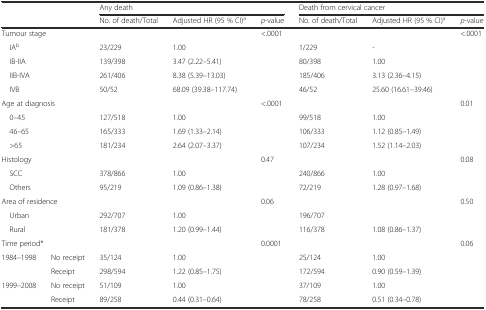
<table><thead><tr><td rowspan="2" colspan="2"></td><td colspan="3"><b>Any death</b></td><td colspan="3"><b>Death from cervical cancer</b></td></tr><tr><td><b>No. of death/Total</b></td><td><b>Adjusted HR (95 % CI)<sup>a</sup></b></td><td><b><i>p</i>-value</b></td><td><b>No. of death/Total</b></td><td><b>Adjusted HR (95 % CI)<sup>a</sup></b></td><td><b><i>p</i>-value</b></td></tr></thead><tbody><tr><td colspan="2">Tumour stage</td><td></td><td></td><td>&lt;.0001</td><td></td><td></td><td>&lt;.0001</td></tr><tr><td colspan="2"> IA<sup>b</sup></td><td>23/229</td><td>1.00</td><td></td><td>1/229</td><td>-</td><td></td></tr><tr><td colspan="2"> IB-IIA</td><td>139/398</td><td>3.47 (2.22–5.41)</td><td></td><td>80/398</td><td>1.00</td><td></td></tr><tr><td colspan="2"> IIB-IVA</td><td>261/406</td><td>8.38 (5.39–13.03)</td><td></td><td>185/406</td><td>3.13 (2.36–4.15)</td><td></td></tr><tr><td colspan="2"> IVB</td><td>50/52</td><td>68.09 (39.38–117.74)</td><td></td><td>46/52</td><td>25.60 (16.61–39.46)</td><td></td></tr><tr><td colspan="2">Age at diagnosis</td><td></td><td></td><td>&lt;.0001</td><td></td><td></td><td>0.01</td></tr><tr><td colspan="2"> 0–45</td><td>127/518</td><td>1.00</td><td></td><td>99/518</td><td>1.00</td><td></td></tr><tr><td colspan="2"> 46–65</td><td>165/333</td><td>1.69 (1.33–2.14)</td><td></td><td>106/333</td><td>1.12 (0.85–1.49)</td><td></td></tr><tr><td colspan="2"> &gt;65</td><td>181/234</td><td>2.64 (2.07–3.37)</td><td></td><td>107/234</td><td>1.52 (1.14–2.03)</td><td></td></tr><tr><td colspan="2">Histology</td><td></td><td></td><td>0.47</td><td></td><td></td><td>0.08</td></tr><tr><td colspan="2"> SCC</td><td>378/866</td><td>1.00</td><td></td><td>240/866</td><td>1.00</td><td></td></tr><tr><td colspan="2"> Others</td><td>95/219</td><td>1.09 (0.86–1.38)</td><td></td><td>72/219</td><td>1.28 (0.97–1.68)</td><td></td></tr><tr><td colspan="2">Area of residence</td><td></td><td></td><td>0.06</td><td></td><td></td><td>0.50</td></tr><tr><td colspan="2"> Urban</td><td>292/707</td><td>1.00</td><td></td><td>196/707</td><td></td><td></td></tr><tr><td colspan="2"> Rural</td><td>181/378</td><td>1.20 (0.99–1.44)</td><td></td><td>116/378</td><td>1.08 (0.86–1.37)</td><td></td></tr><tr><td colspan="2">Time period*</td><td></td><td></td><td>0.0001</td><td></td><td></td><td>0.06</td></tr><tr><td>1984–1998</td><td>No receipt</td><td>35/124</td><td>1.00</td><td></td><td>25/124</td><td>1.00</td><td></td></tr><tr><td></td><td>Receipt</td><td>298/594</td><td>1.22 (0.85–1.75)</td><td></td><td>172/594</td><td>0.90 (0.59–1.39)</td><td></td></tr><tr><td>1999–2008</td><td>No receipt</td><td>51/109</td><td>1.00</td><td></td><td>37/109</td><td>1.00</td><td></td></tr><tr><td></td><td>Receipt</td><td>89/258</td><td>0.44 (0.31–0.64)</td><td></td><td>78/258</td><td>0.51 (0.34–0.78)</td><td></td></tr></tbody></table>